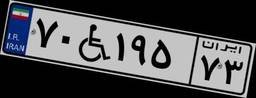
۸۶W۰۰۸۲۲